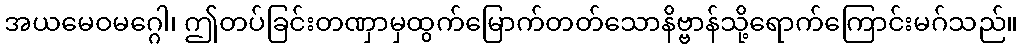
အယမေဝမဂ္ဂေါ၊ ဤတပ်ခြင်းတဏှာမှထွက်မြောက်တတ်သောနိဗ္ဗာန်သို့ရောက်ကြောင်းမဂ်သည်။